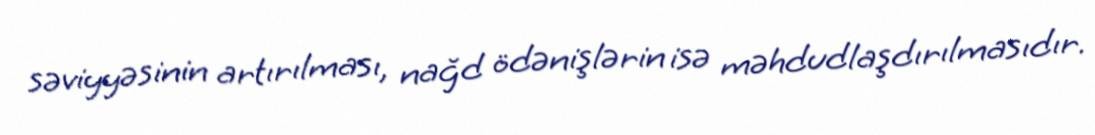
səviyyəsinin artırılması, nağd ödənişlərin isə məhdudlaşdırılmasıdır.